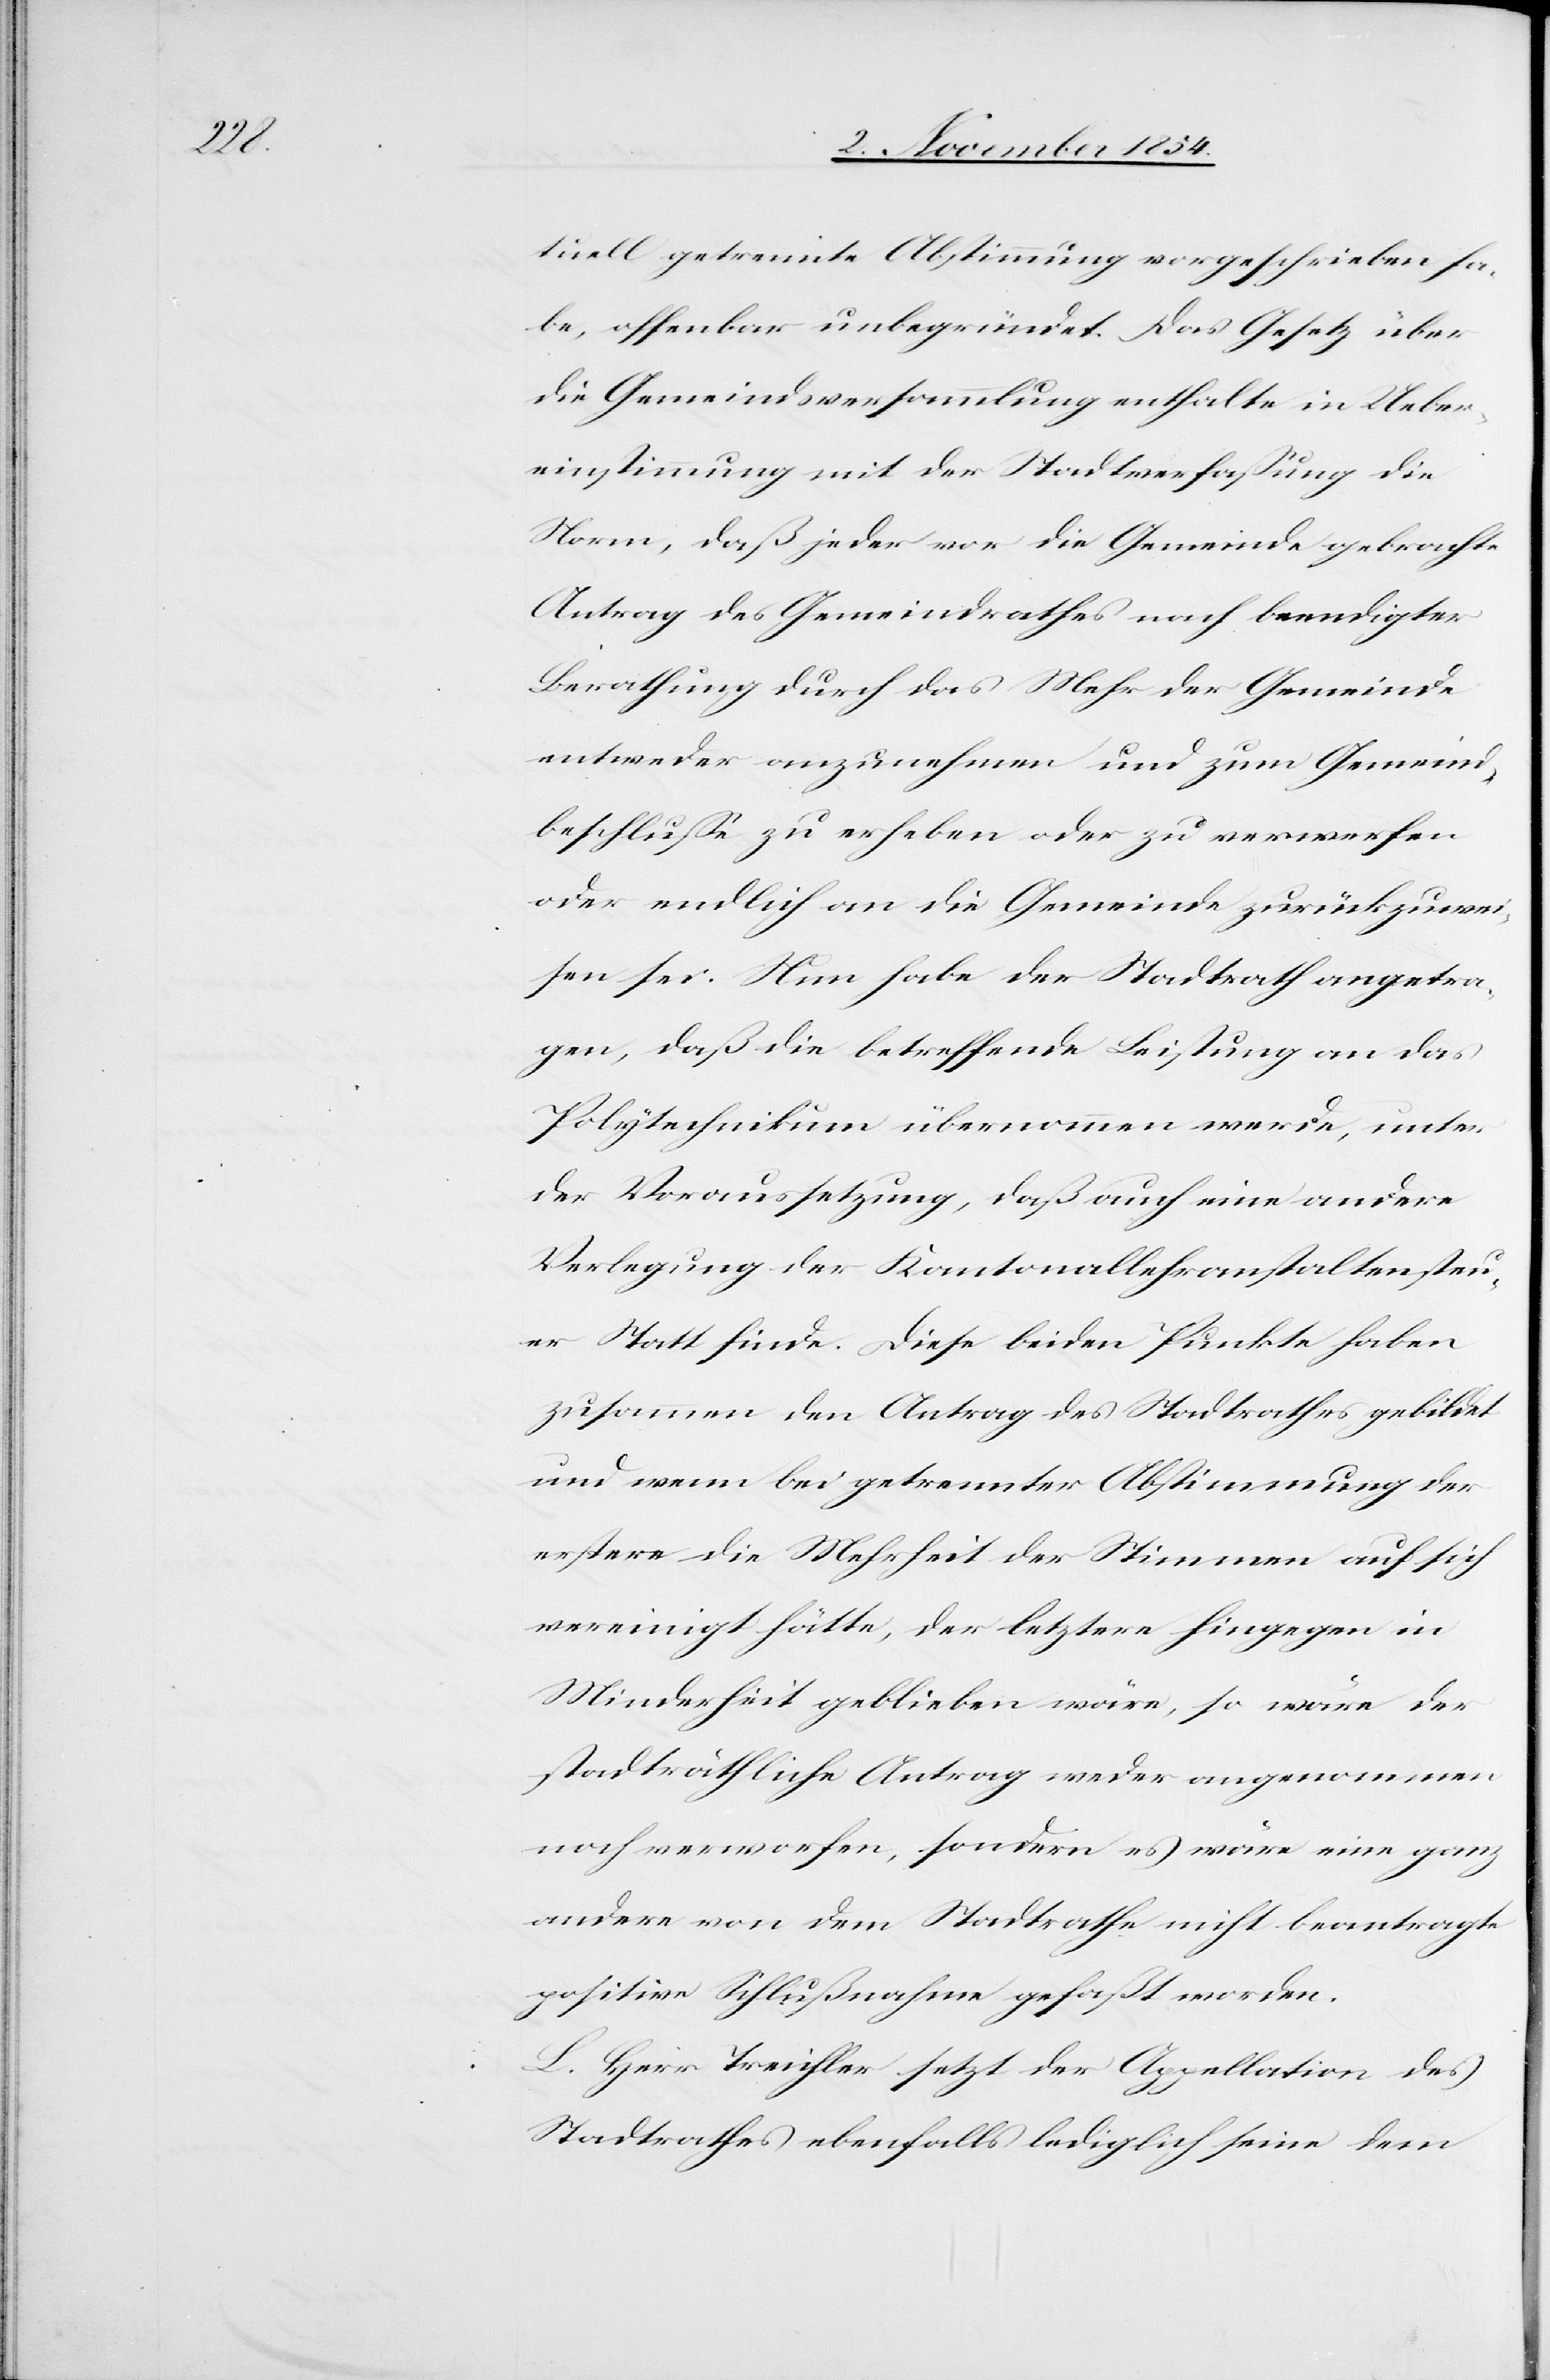
tuell getrennte Abstimmung vorgeschrieben ha¬
be, offenbar unbegründet. Das Gesetz über
die Gemeindsversammlung enthalte in Ueber¬
einstimmung mit der Stadtverfaßung die
Norm, daß jeder vor die Gemeinde gebrachte
Antrag des Gemeindrathes nach beendigter
Berathung durch das Mehr der Gemeinde
entweder anzunehmen oder zum Gemeind¬
beschluße zu erheben oder zu verwerfen
oder endlich an die Gemeinde zurückzuwei¬
sen sei. Nun habe der Stadtrath angetra¬
gen, daß die betreffende Leistung an das
Polytechnikum übernommen werde, unter
der Voraussetzung, daß auch eine andere
Verlegung der Kantonallehranstaltensteu¬
er Statt finde. Diese beiden Punkte haben
zusammen den Antrag des Stadtrathes gebildet
und wenn bei getrennter Abstimmung der
erstere die Mehrheit der Stimmen auf sich
vereinigt hätte, der letztere hingegen in
Minderheit geblieben wäre, so wäre der
stadträthliche Antrag weder angenommen
noch verworfen, sondern es wäre eine ganz
andere von dem Stadtrathe nicht beantragte
positive Schlußnahme gefaßt worden.
L. Herr Treichler setzt der Appellation des
Stadtrathes ebenfalls lediglich seine dem